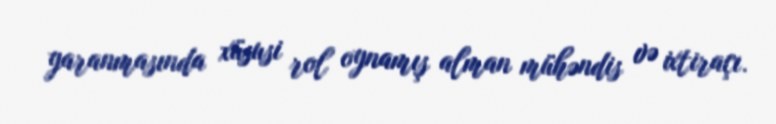
yaranmasında xüsusi rol oynamış alman mühəndis və ixtiraçı.